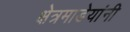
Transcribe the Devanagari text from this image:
क्षेत्रमाडेयांनी